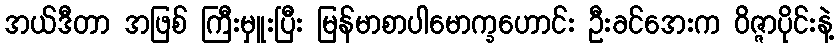
အယ်ဒီတာ အဖြစ် ကြီးမှူးပြီး မြန်မာစာပါမောက္ခဟောင်း ဦးခင်အေးက ဝိဇ္ဇာပိုင်းနဲ့